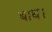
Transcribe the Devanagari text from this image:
बाघ।